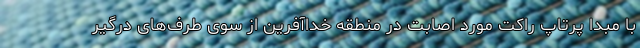
با مبدا پرتاپ راکت مورد اصابت در منطقه خداآفرین از سوی طرف‌های درگیر